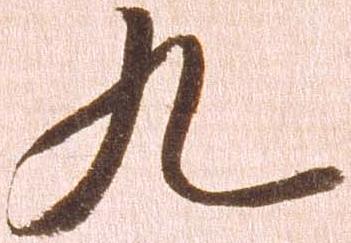
九